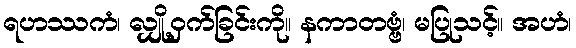
ရဟဿကံ၊ လျှို့ဝှက်ခြင်းကို။ နကာတဗ္ဗံ၊ မပြုသင့်။ အဟံ၊